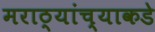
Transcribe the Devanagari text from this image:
मराठ्यांच्याकडे